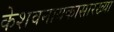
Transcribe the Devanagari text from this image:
केशवनायकासारख्या